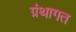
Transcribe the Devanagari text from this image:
ग्रंथागत